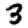
Digit: 3